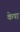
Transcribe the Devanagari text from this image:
केषा